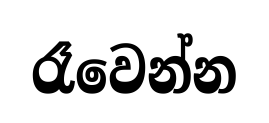
රෑවෙන්න